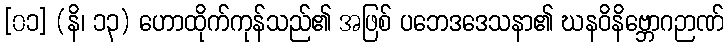
[၀၁] (နိ၊ ၁၃) ဟောထိုက်ကုန်သည်၏ အဖြစ် ပဘေဒဒေသနာ၏ ဃနဝိနိဗ္ဘောဂဉာဏ်